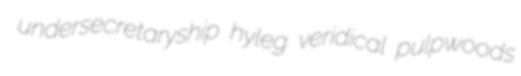
undersecretaryship hyleg veridical pulpwoods